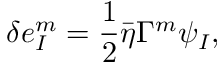
\delta e _ { I } ^ { m } = \frac { 1 } { 2 } \bar { \eta } \Gamma ^ { m } \psi _ { I } ,